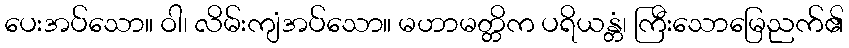
ပေးအပ်သော။ ဝါ၊ လိမ်းကျံအပ်သော။ မဟာမတ္တိက ပရိယန္တံ၊ ကြီးသောမြေညက်၏